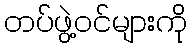
တပ်ဖွဲ့ဝင်များကို